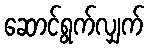
ဆောင်ရွက်လျှက်